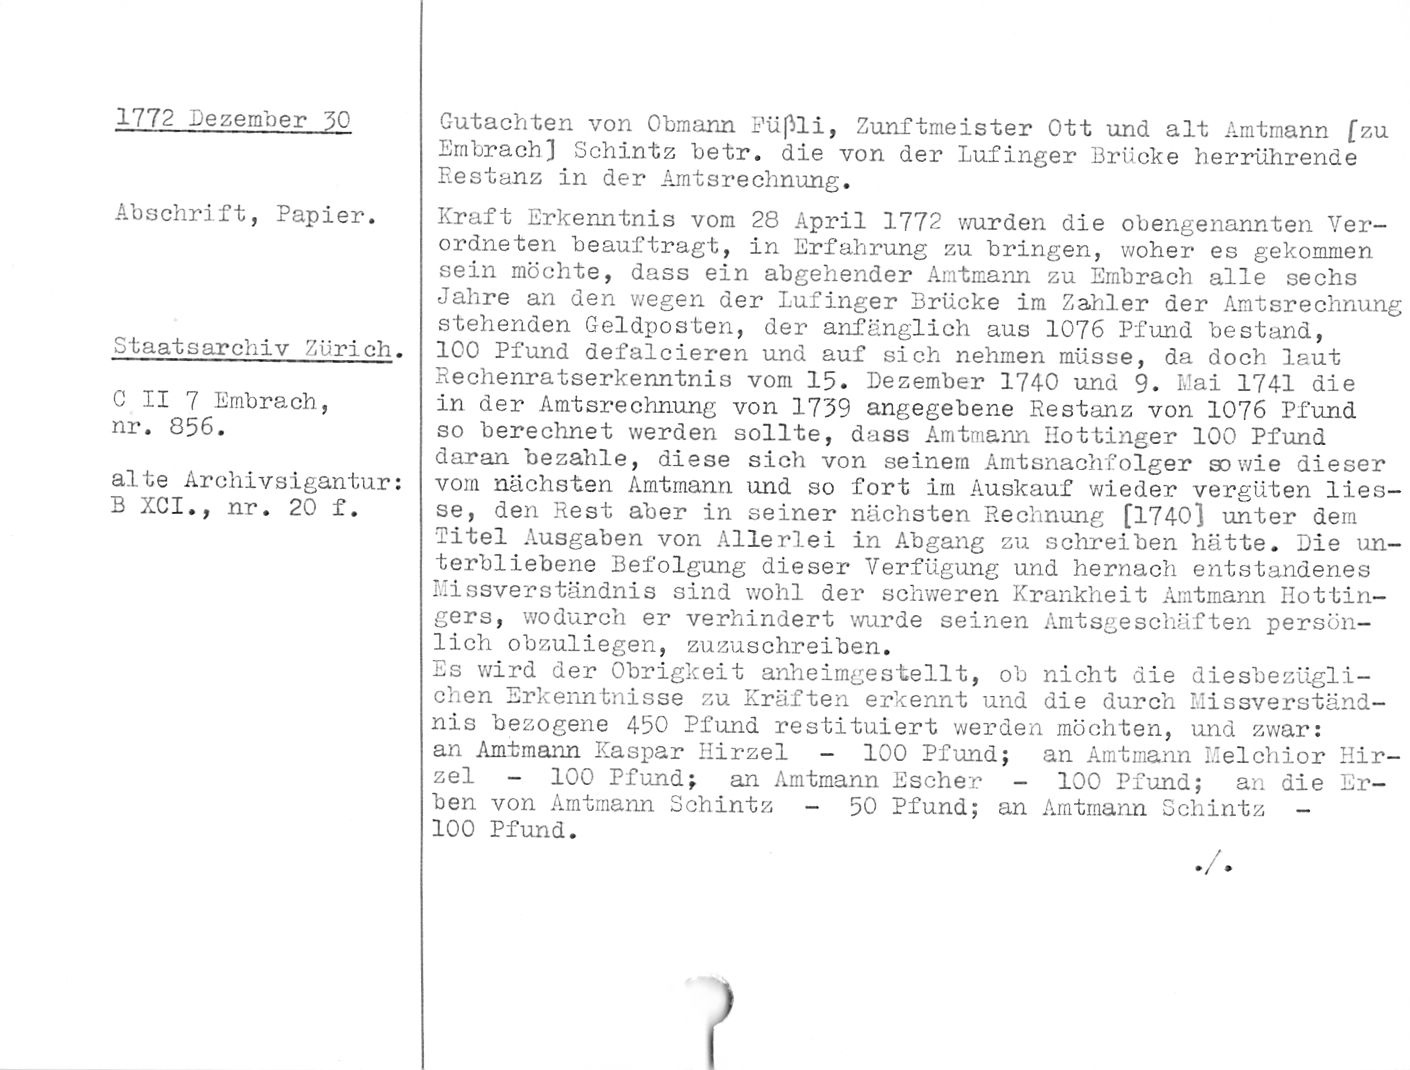
1772 Dezember 50

Abschrift, Papier.

Staatsarchiv Zürich.

C II 7 Embrach,
nr. 856.

alte Archivsigantur:
B XCI., nr. 20 f.

Gutachten von Obmann L'üßli, Zunftmeister Ott und alt Amtmann [zu
Embrach] Schintz betr. die von der Lufinger Brücke herrührende
P.estanz in der Amtsrechnung.

Kraft Erkenntnis vom 28 April 1772 wurden die obengenannten Ver¬
ordne ten beauftragt, in Erfahrung zu bringen, woher es gekommen
sein möchte, dass ein abgehender Amtmann zu Embrach alle sechs
Jahre an den wegen der lufinger Brücke im Zahler der Amtsrechnung
stehenden Geldposten, der anfänglich aus 1076 Pfund bestand,

ICO Pfund defalcieren und auf sich nehmen müsse, da doch laut
Bechenratserkenntnis vom 15. Dezember 1740 und 9. Mai 1741 die
in der Amtsrechnung von 1759 angegebene Bestanz von 1076 Pfund
so berechnet werden sollte, dass Amtmann Ilottinger 100 Pfund
daran bezahle, diese sich von seinem Amtsnachfolger sowie dieser
vom nächsten Amtmann und so fort im Auskauf wieder vergüten lies-
se, den Rest aber in seiner nächsten Rechnung [1740] unter dem
Titel Ausgaben von Allerlei in Abgang zu schreiben hätte. Die un¬
terbliebene Befolgung dieser Verfügung und hernach entstandenes
Missverständnis sind wohl der schweren Krankheit Amtmann Hottin-
gers, wodurch er verhindert wurde seinen Amtsgeschäften persön¬
lich obzuliegen, zuzuschreiben.

Es wird der Obrigkeit anheimgestellt, ob nicht die diesbezügli¬
chen Erkenntnisse zu Kräften erkennt und die durch Missverständ¬
nis bezogene 450 Pfund restituiert werden möchten, und zwar:
an Amtmann Kaspar Hirzel - 100 Pfund; an Amtmann Melchior Hir-

zel - 100 Pfund; an Amtmann Escher - 100 Pfund; an die Er¬
ben von Amtmann Schintz - 50 Pfund; an Amtmann Schintz -

100 Pfund.

)